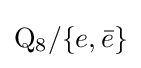
\mathrm {Q} _{8}/\{e,{\bar {e}}\}